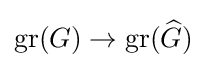
\operatorname {gr} (G)\to \operatorname {gr} ({\widehat {G}})